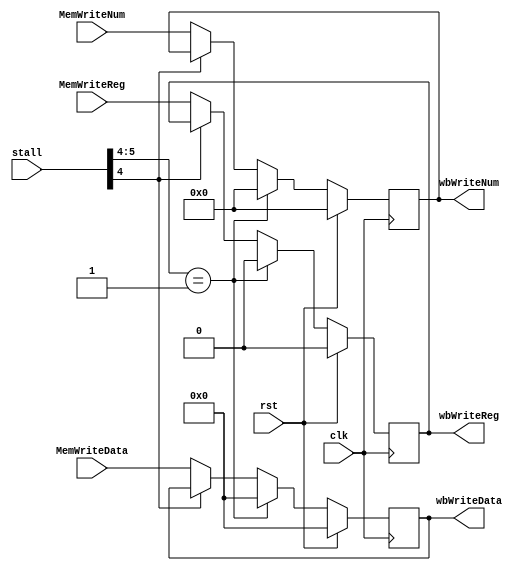
module MEM_WB(

	input   wire        clk,
	input   wire        rst,
	input   wire[5:0]   stall,	
	input   wire[4:0]   MemWriteNum,
	input   wire        MemWriteReg,
	input   wire[31:0]	MemWriteData,
	output  reg [4:0]   wbWriteNum,
	output  reg         wbWriteReg,
	output  reg [31:0]	wbWriteData     
	
);


 //controls the signal wbWriteNum.
 
always @ (posedge clk) begin
    if (rst)
        wbWriteNum <= 5'b0;
    else if (stall[5:4] == 2'b01)
        wbWriteNum <= 5'b0;
    else if (!stall[4])
        wbWriteNum <= MemWriteNum;
end


 //controls the signal wbWriteReg.
 
always @ (posedge clk) begin
    if (rst)
        wbWriteReg <= 1'b0;
    else if (stall[5:4] == 2'b01)
        wbWriteReg <= 1'b0;
    else if (!stall[4])
        wbWriteReg <= MemWriteReg;
end


 //controls the signal wbWriteData.
 
always @ (posedge clk) begin
    if (rst)
        wbWriteData <= 32'b0;
    else if (stall[5:4] == 2'b01)
        wbWriteData <= 32'b0;
    else if (!stall[4])
        wbWriteData <= MemWriteData;
end			

endmodule